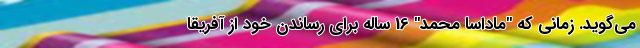
می‌گوید. زمانی که "ماداسا محمد" 16 ساله برای رساندن خود از آفریقا